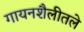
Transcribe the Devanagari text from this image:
गायनशैलीतले